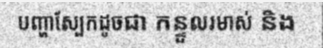
បញ្ហាស្បែកដូចជា កន្ទួលរមាស់ និង